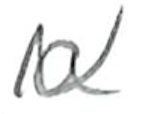
Text: a
Cross-out: zig-zag
Writing tool: pencil